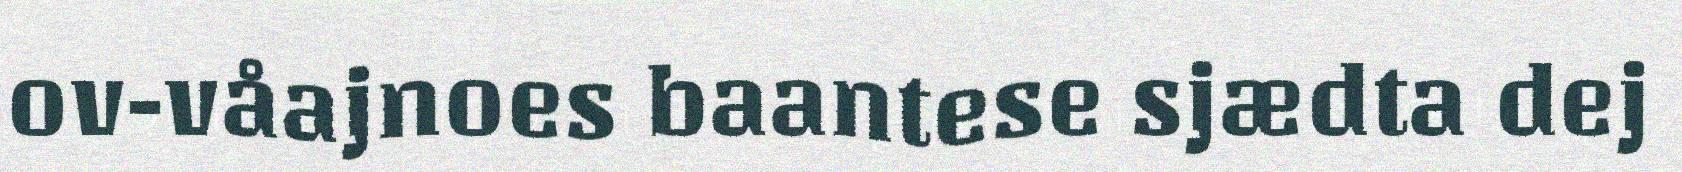
ov-våajnoes baantese sjædta dej